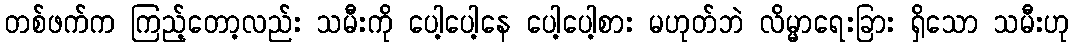
တစ်ဖက်က ကြည့်တော့လည်း သမီးကို ပေါ့ပေါ့နေ ပေါ့ပေါ့စား မဟုတ်ဘဲ လိမ္မာရေးခြား ရှိသော သမီးဟု